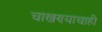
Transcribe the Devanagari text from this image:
चाखण्याचाही